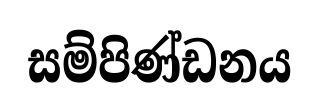
සම්පිණ්ඩනය